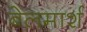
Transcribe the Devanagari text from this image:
बेलमार्श